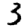
Digit: 3